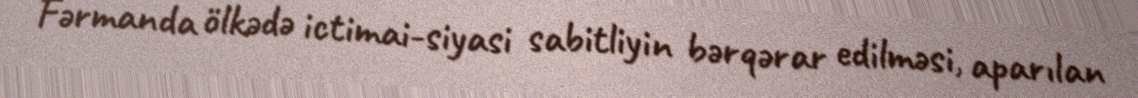
Fərmanda ölkədə ictimai-siyasi sabitliyin bərqərar edilməsi, aparılan